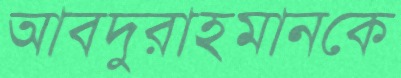
আবদুরাহমানকে